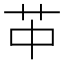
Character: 𦬕